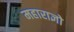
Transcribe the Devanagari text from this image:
महाराज्ञो